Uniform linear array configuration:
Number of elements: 4
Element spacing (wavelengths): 0.75
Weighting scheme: hann
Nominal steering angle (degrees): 45
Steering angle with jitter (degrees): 44.307
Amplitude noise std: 0.05
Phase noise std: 0.05

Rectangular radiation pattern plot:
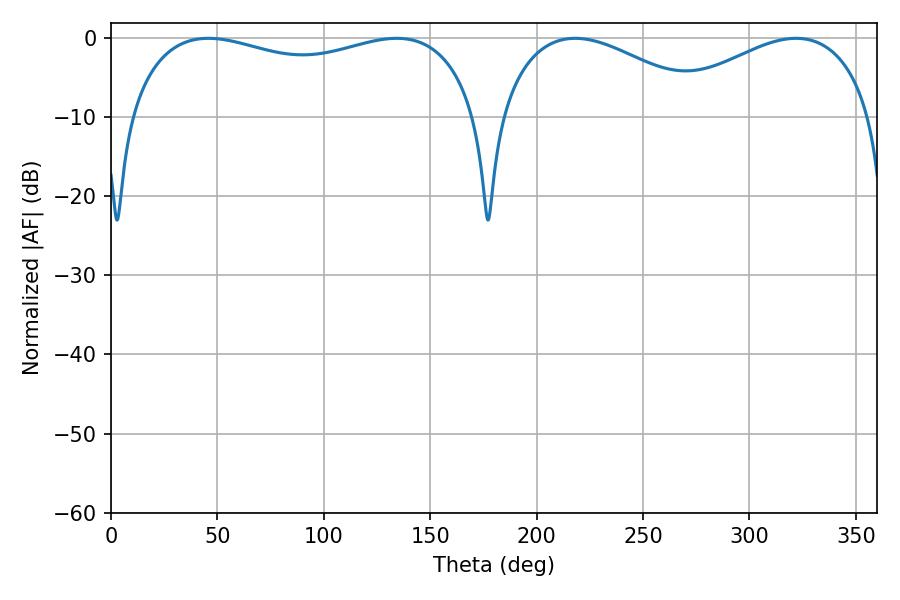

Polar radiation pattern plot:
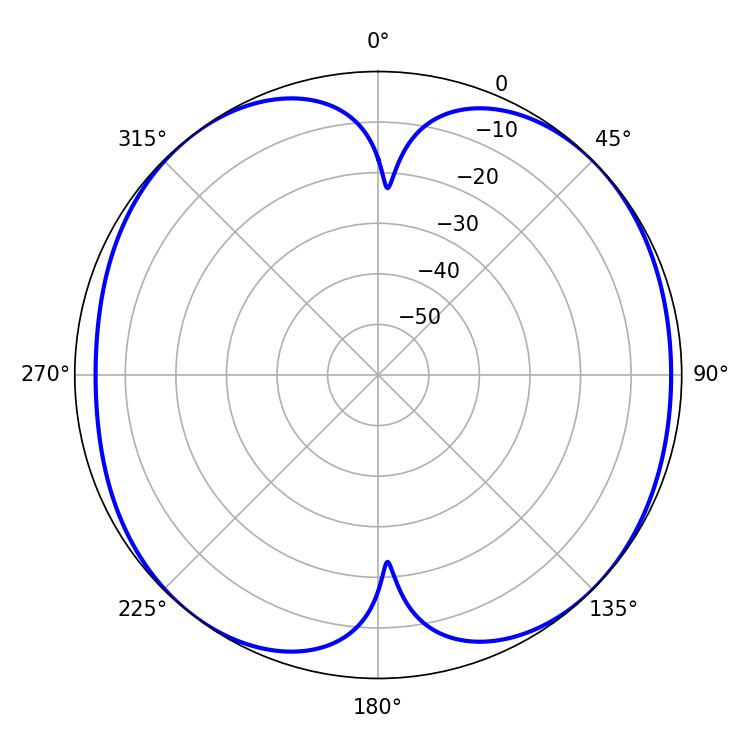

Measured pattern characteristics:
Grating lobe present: TRUE
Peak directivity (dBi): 9.912
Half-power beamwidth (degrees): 135
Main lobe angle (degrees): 45.72